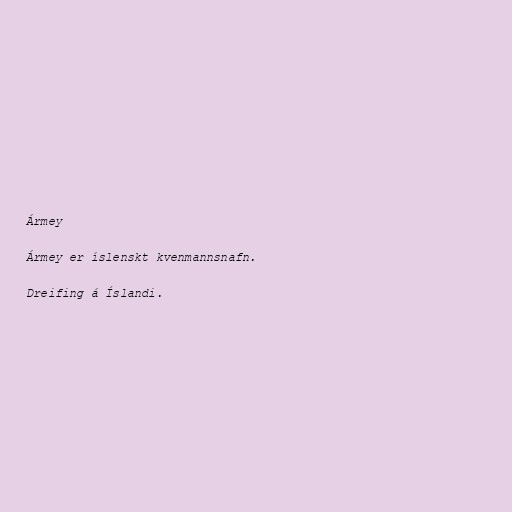
Ármey

Ármey er íslenskt kvenmannsnafn.

Dreifing á Íslandi.